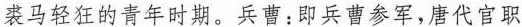
裘马轻狂的青年时期。兵曹：即兵曹参军，唐代官职